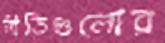
নীতিগুলোর